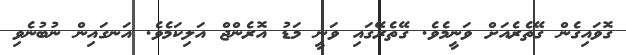
ގޮވައިގެން ގޭތެރެއަށް ވަނީމެވެ. ގޭތެރޭގައި ވަނީ މަޑު އޮރެންޖް އަލިކަމެވެ. އަނގައިން ނުބުނެވި